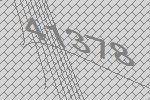
41378